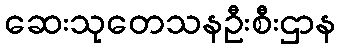
ဆေးသုတေသနဦးစီးဌာန